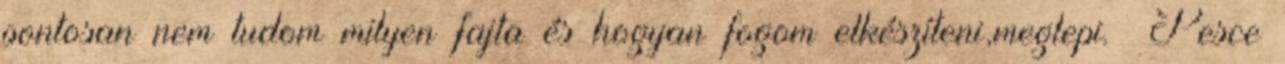
pontosan nem tudom milyen fajta és hogyan fogom elkészíteni,meglepi. Pesce